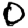
Digit: 0